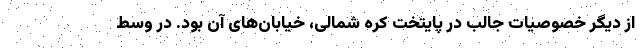
از دیگر خصوصیات جالب در پایتخت کره شمالی، خیابان‌های آن بود. در وسط